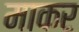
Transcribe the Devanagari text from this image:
माकर